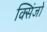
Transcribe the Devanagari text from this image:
क्सिंजो